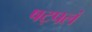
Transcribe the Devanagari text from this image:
षट्पलं